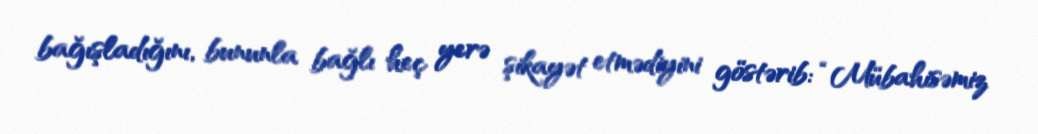
bağışladığını, bununla bağlı heç yerə şikayət etmədiyini göstərib: “Mübahisəmiz